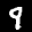
Label: 9